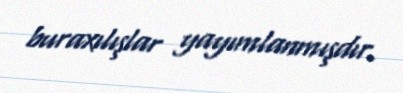
buraxılışlar yayımlanmışdır.